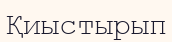
Қиыстырып